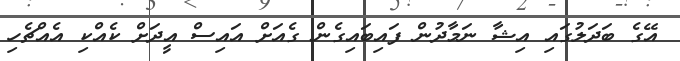
އޭގެ ބަދަލުގައި އިޝާ ނަމާދުން ފައިބައިގެން ގެއަށް އައިސް އީދަށް ކެއްކި އެއްޗެހި